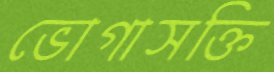
ভোগাসক্তি